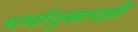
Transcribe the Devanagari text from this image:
धर्मानुसारही